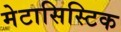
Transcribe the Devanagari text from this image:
मेटासिस्टिक